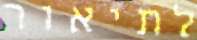
לתיאור